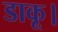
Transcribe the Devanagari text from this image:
डाकू।